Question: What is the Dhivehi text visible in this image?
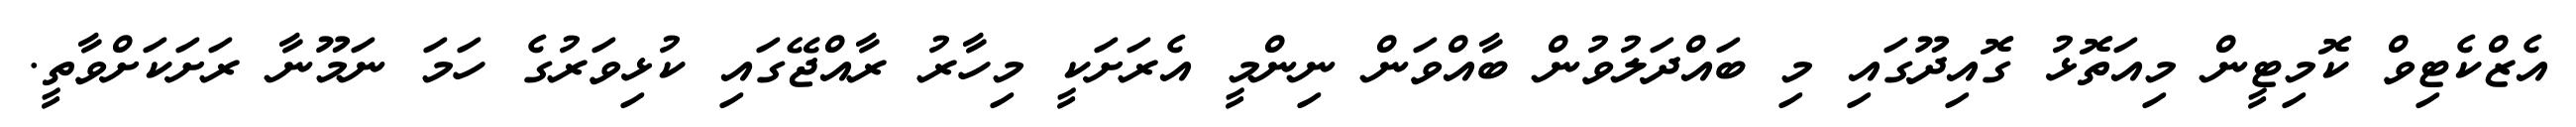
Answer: އެޒްކެޓިވް ކޮމިޓީން މިއަތޮޅު ގޮއިދޫގައި މި ބައްދަލުވުން ބާއްވަން ނިންމީ އެރަށަކީ މިހާރު ރާއްޖޭގައި ކުޅިވަރުގެ ހަމަ ނަމޫނާ ރަށަކަށްވާތީ.